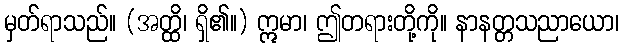
မှတ်ရာသည်။ (အတ္ထိ၊ ရှိ၏။) ဣမာ၊ ဤတရားတို့ကို။ နာနတ္တသညာယော၊